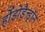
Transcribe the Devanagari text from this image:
र्होडोडैन्ड्रॉन